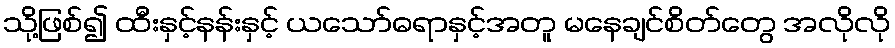
သို့ဖြစ်၍ ထီးနှင့်နန်းနှင့် ယသော်ဓရာနှင့်အတူ မနေချင်စိတ်တွေ အလိုလို